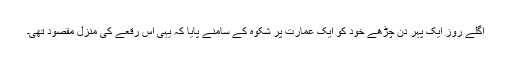
اگلے روز ایک پہر دن چڑھے خود کو ایک عمارتِ پُر شکوہ کے سامنے پایا کہ یہی اُس رقعے کی منزلِ مقصود تھی۔